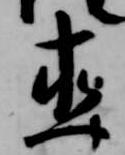
直